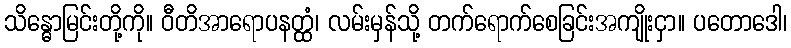
သိန္ဓောမြင်းတို့ကို။ ဝီတိအာရောပနတ္ထံ၊ လမ်းမှန်သို့ တက်ရောက်စေခြင်းအကျိုးငှာ။ ပတောဒေါ၊